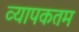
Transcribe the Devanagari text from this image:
व्यापकतम